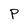
Character: P